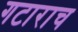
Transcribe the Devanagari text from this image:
गटाराच